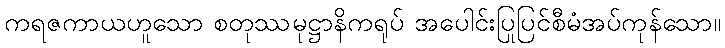
ကရဇကာယဟူသော စတုဿမုဋ္ဌာနိကရုပ် အပေါင်းပြုပြင်စီမံအပ်ကုန်သော။